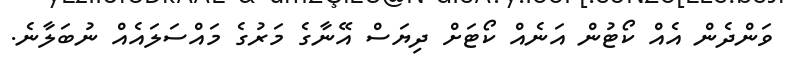
ވަންދެން އެއް ކޯޓުން އަނެއް ކޯޓަށް ދިޔަސް އޭނާގެ މަރުގެ މައްސަލައެއް ނުބަލާނެ.